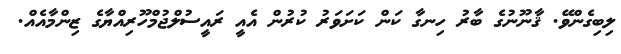
ލިބިގެންވޭ. ޤާނޫނުގެ ބާރު ހިނގާ ކަން ކަށަވަރު ކުރުން އެއީ ރައީސުލްޖުމްހޫރިއްޔާގެ ޒިންމާއެއް.